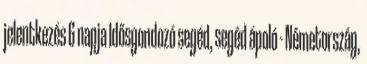
jelentkezés 6 napja Idősgondozó segéd, segéd ápoló - Németország,